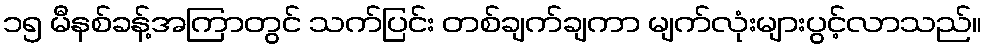
၁၅ မီနစ်ခန့်အကြာတွင် သက်ပြင်း တစ်ချက်ချကာ မျက်လုံးများပွင့်လာသည်။